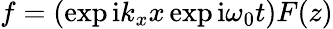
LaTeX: f=(\exp{\mathrm{i}k_{x}x}\exp{\mathrm{i}\omega_{0}t})F(z)